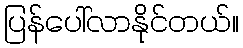
ပြန်ပေါ်လာနိုင်တယ်။